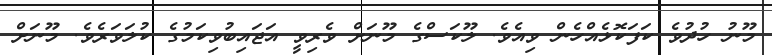
މޫނު ހުދުވެ ކަފަކޮޅެއްހެން ވިއެވެ. ލޫކަސްގެ މޫނަށް ވެރިވީ އަޖައިބުވިކަމުގެ ކުލަވަރެވެ. މޫނަށް